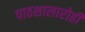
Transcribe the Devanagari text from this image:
पाठशालारोही